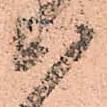
心